65_HS1-834228961_62-HQ-83894_Section_4
Agency: FBI
Page 93
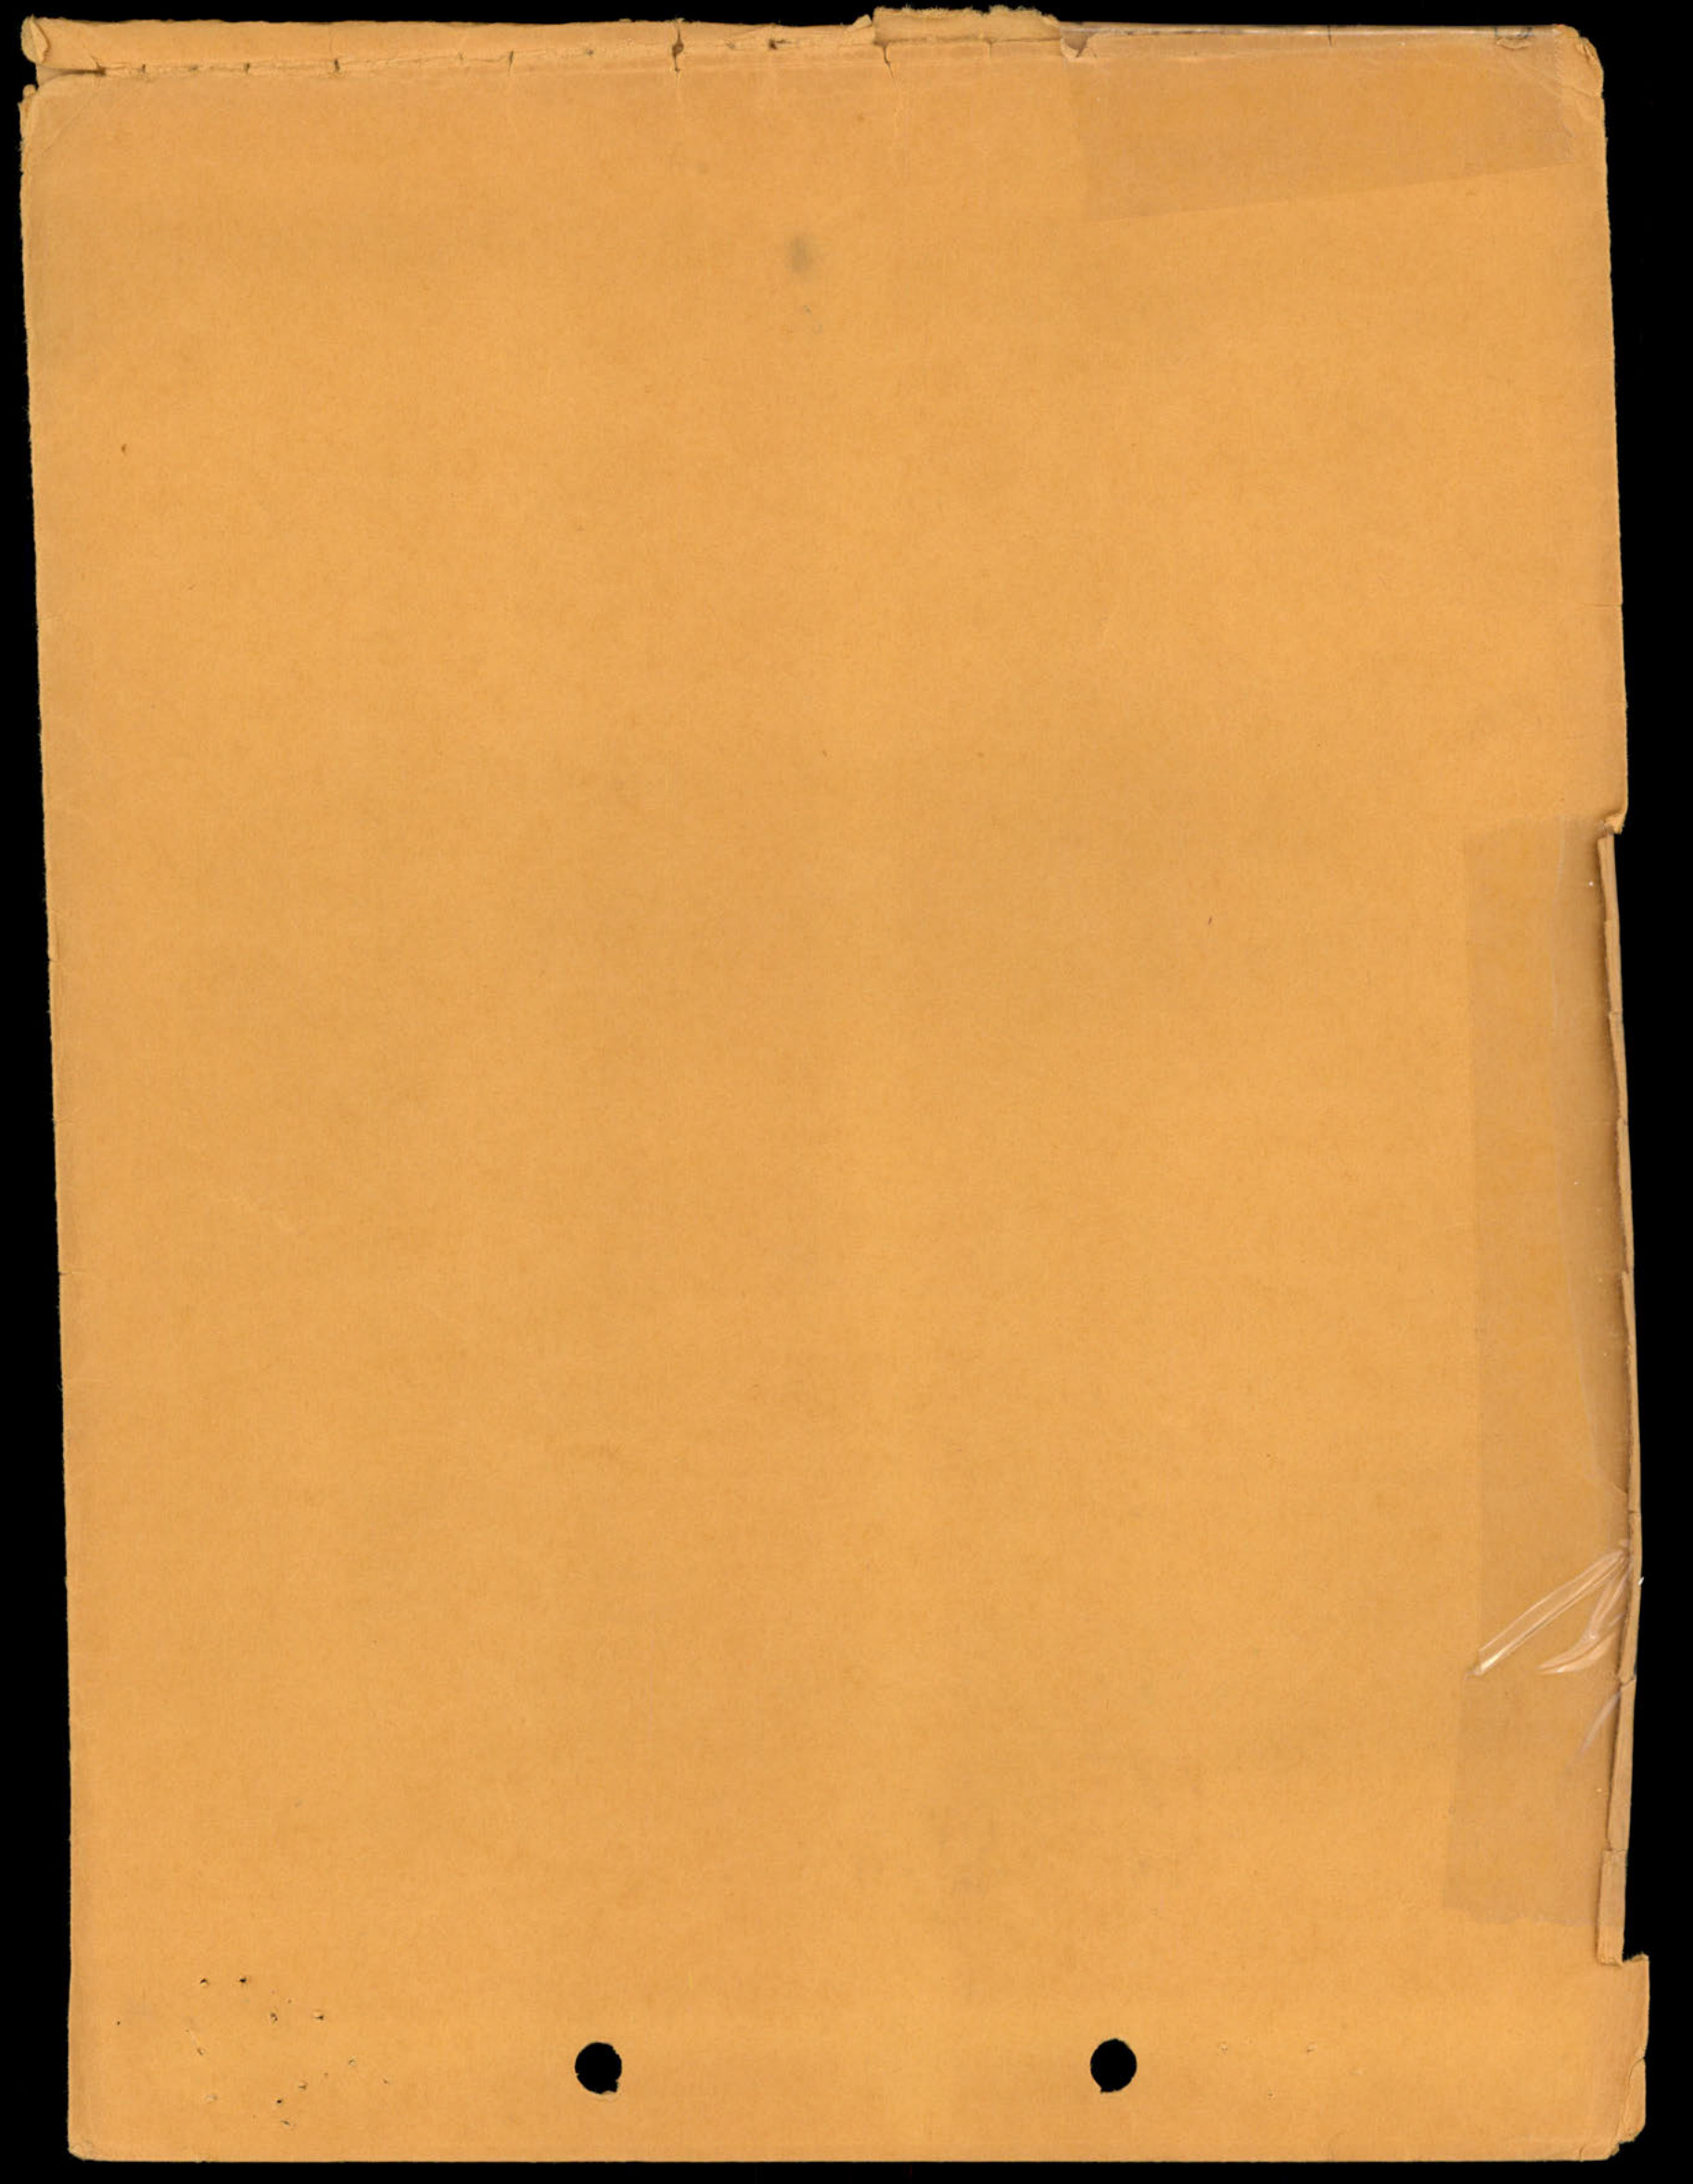